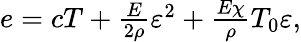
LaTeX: \begin{array}{r}{e=cT+\frac{E}{2\rho}\varepsilon^{2}+\frac{E\chi}{\rho}T_{0}\varepsilon,}\end{array}